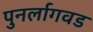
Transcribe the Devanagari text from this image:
पुनर्लागवड